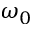
\omega _ { 0 }